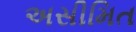
અસીમિત